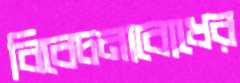
বিবেচনাবোধের